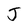
Character: J